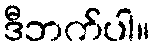
ဒီဘက်ပါ။